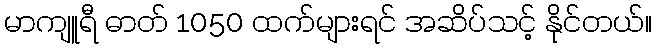
မာကျူရီ ဓာတ် 1050 ထက်များရင် အဆိပ်သင့် နိုင်တယ်။